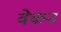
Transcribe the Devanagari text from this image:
वेकन